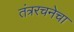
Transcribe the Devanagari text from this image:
तंत्ररचनेचा